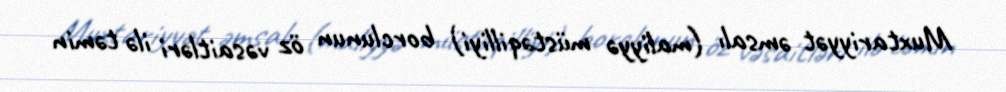
Muxtariyyət əmsalı (maliyyə müstəqilliyi) borclunun öz vəsaitləri ilə təmin